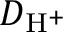
D _ { \mathrm { H } ^ { + } }